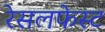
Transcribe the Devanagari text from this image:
रेसलफेस्ट